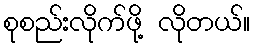
စုစည်းလိုက်ဖို့ လိုတယ်။